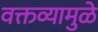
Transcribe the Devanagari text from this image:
वक्तव्यामुळे